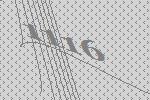
1116